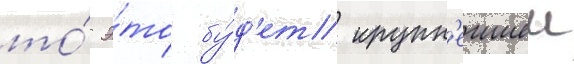
то́ э́то бу́д'ет крупн'еишеи